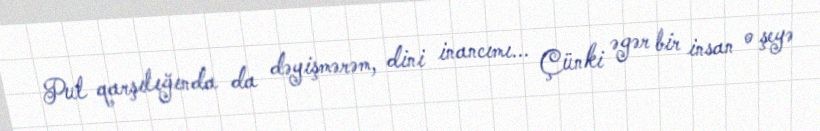
Pul qarşılığında da dəyişmərəm, dini inancımı... Çünki əgər bir insan o şeyə